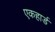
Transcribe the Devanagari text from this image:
एकहार्ड